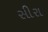
સીરા